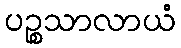
ပဉ္စသာလာယံ